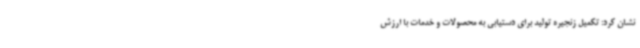
نشان کرد: تکمیل زنجیره تولید برای دستیابی به محصولات و خدمات با ارزش